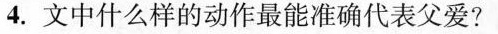
4.文中什么样的动作最能准确代表父爱？